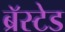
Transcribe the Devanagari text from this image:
ब्रॅस्टेड